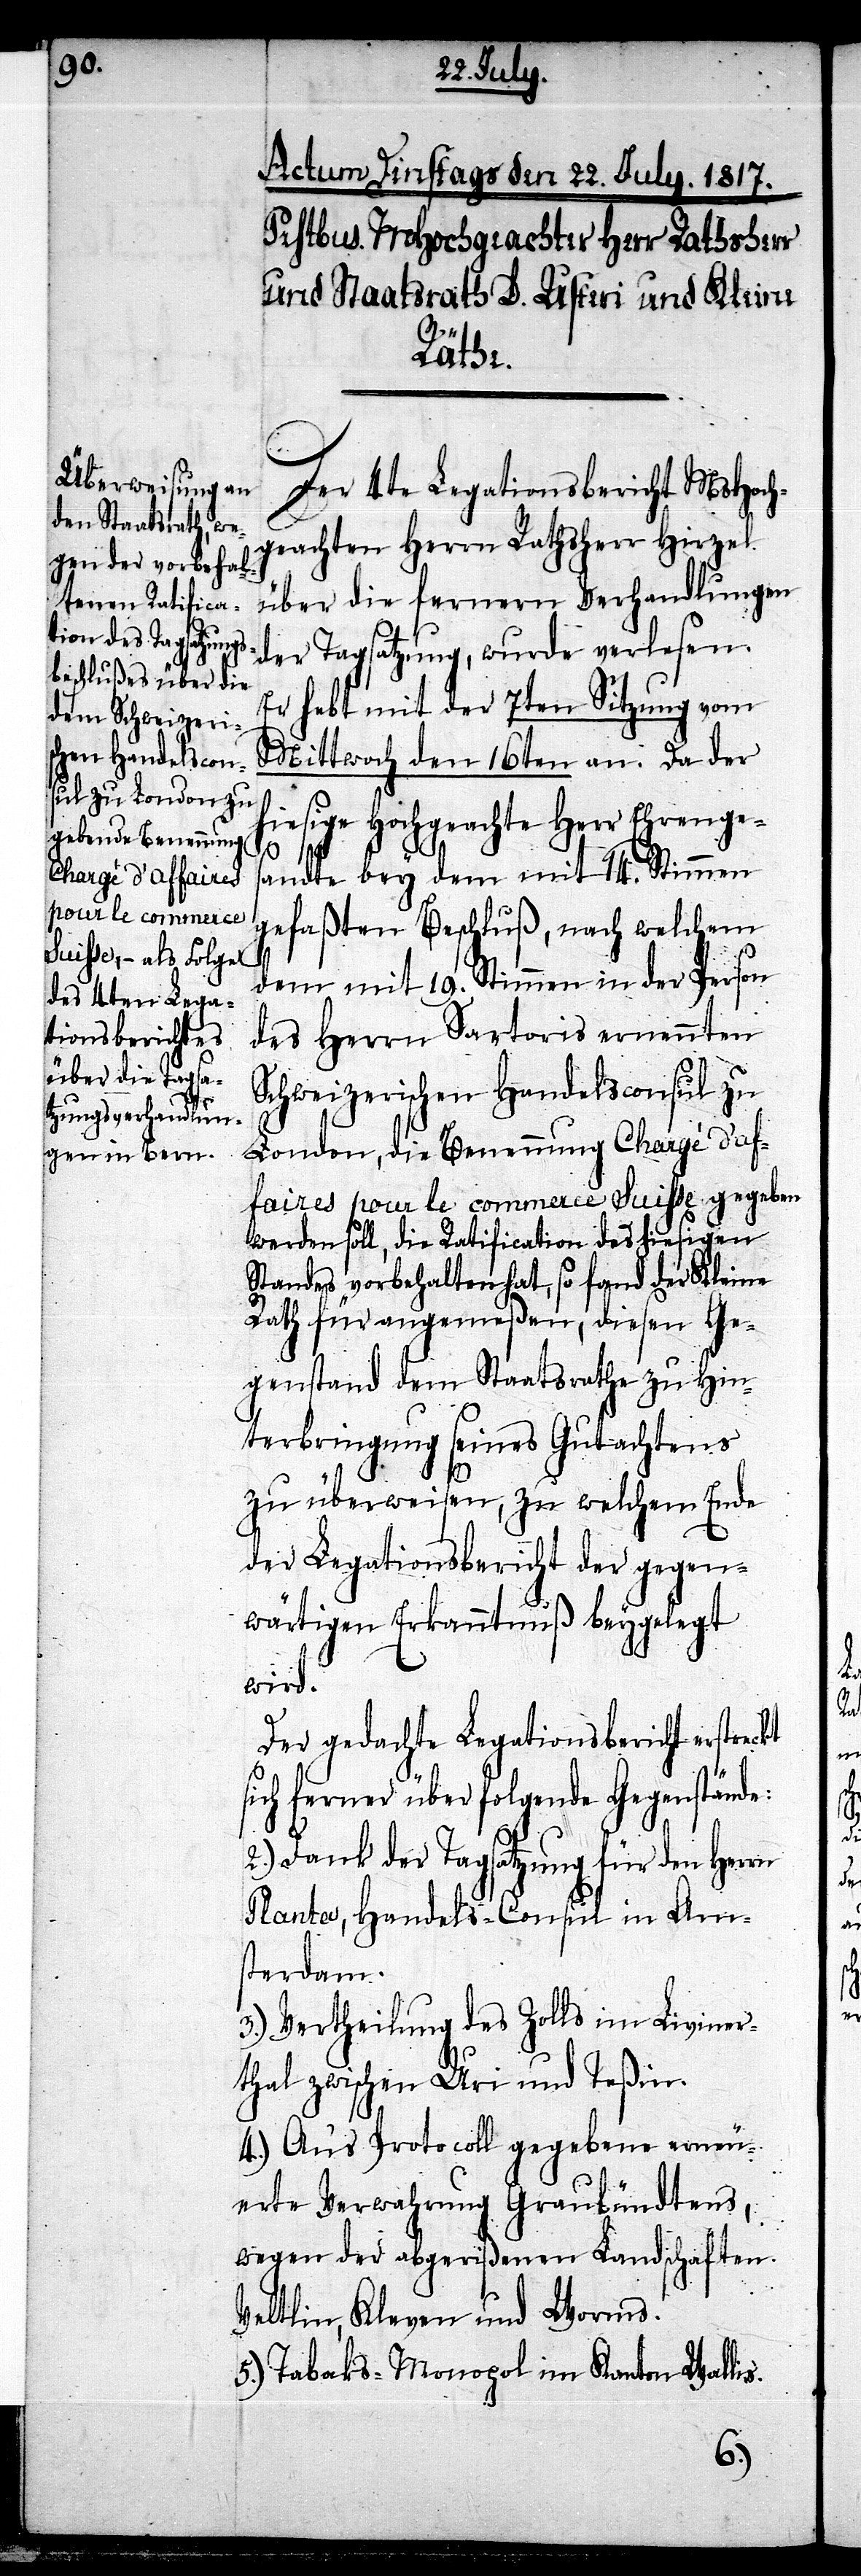
Der 4te Legationsbericht MsHoch¬
geachten Herrn Rathsherr Hirzel
über die fernern Verhandlungen
der Tagsatzung, wurde verlesen.
Er hebt mit der 7ten Sitzung vom
Mittwoch den 16ten an. Da der
hiesige Hochgeachte Herr Ehrenges¬
andte bey dem mit 14. Stimmen
gefaßten Beschluß, nach welchem
dem mit 19. Stimmen in der Person
des Herrn Sartoris ernennten
Schweizerischen Handelsconsul zu
London, die Benennung Chargé d’af¬
faires pour le commerce Suisse gegeben
werden soll, die Ratification des hiesigen
Standes vorbehalten hat, so fand der Kleine
Rath für angemeßen, diesen Ge¬
genstand dem Staatsrathe zu Hin¬
terbringung seines Gutachtens
zu überweisen, zu welchem Ende
der Legationsbericht der gegen¬
wärtigen Erkanntnuß beygelegt
wird.
Der gedachte Legationsbericht erstreckt
sich ferner über folgende Gegenstände:
2.) Dank der Tagsatzung für den Herrn
Planta, Handels-Consul in Am¬
sterdam.
3.) Vertheilung des Zolls im Liviner¬
thal zwischen Uri und Teßin.
4.) An’s Protocoll gegebene erneu¬
erte Verwahrung Graubündens,
wegen der abgerißenen Landschaften
Veltlin, Kleven und Worms.
5.) Tabaks-Monopol im Kanton Wallis.